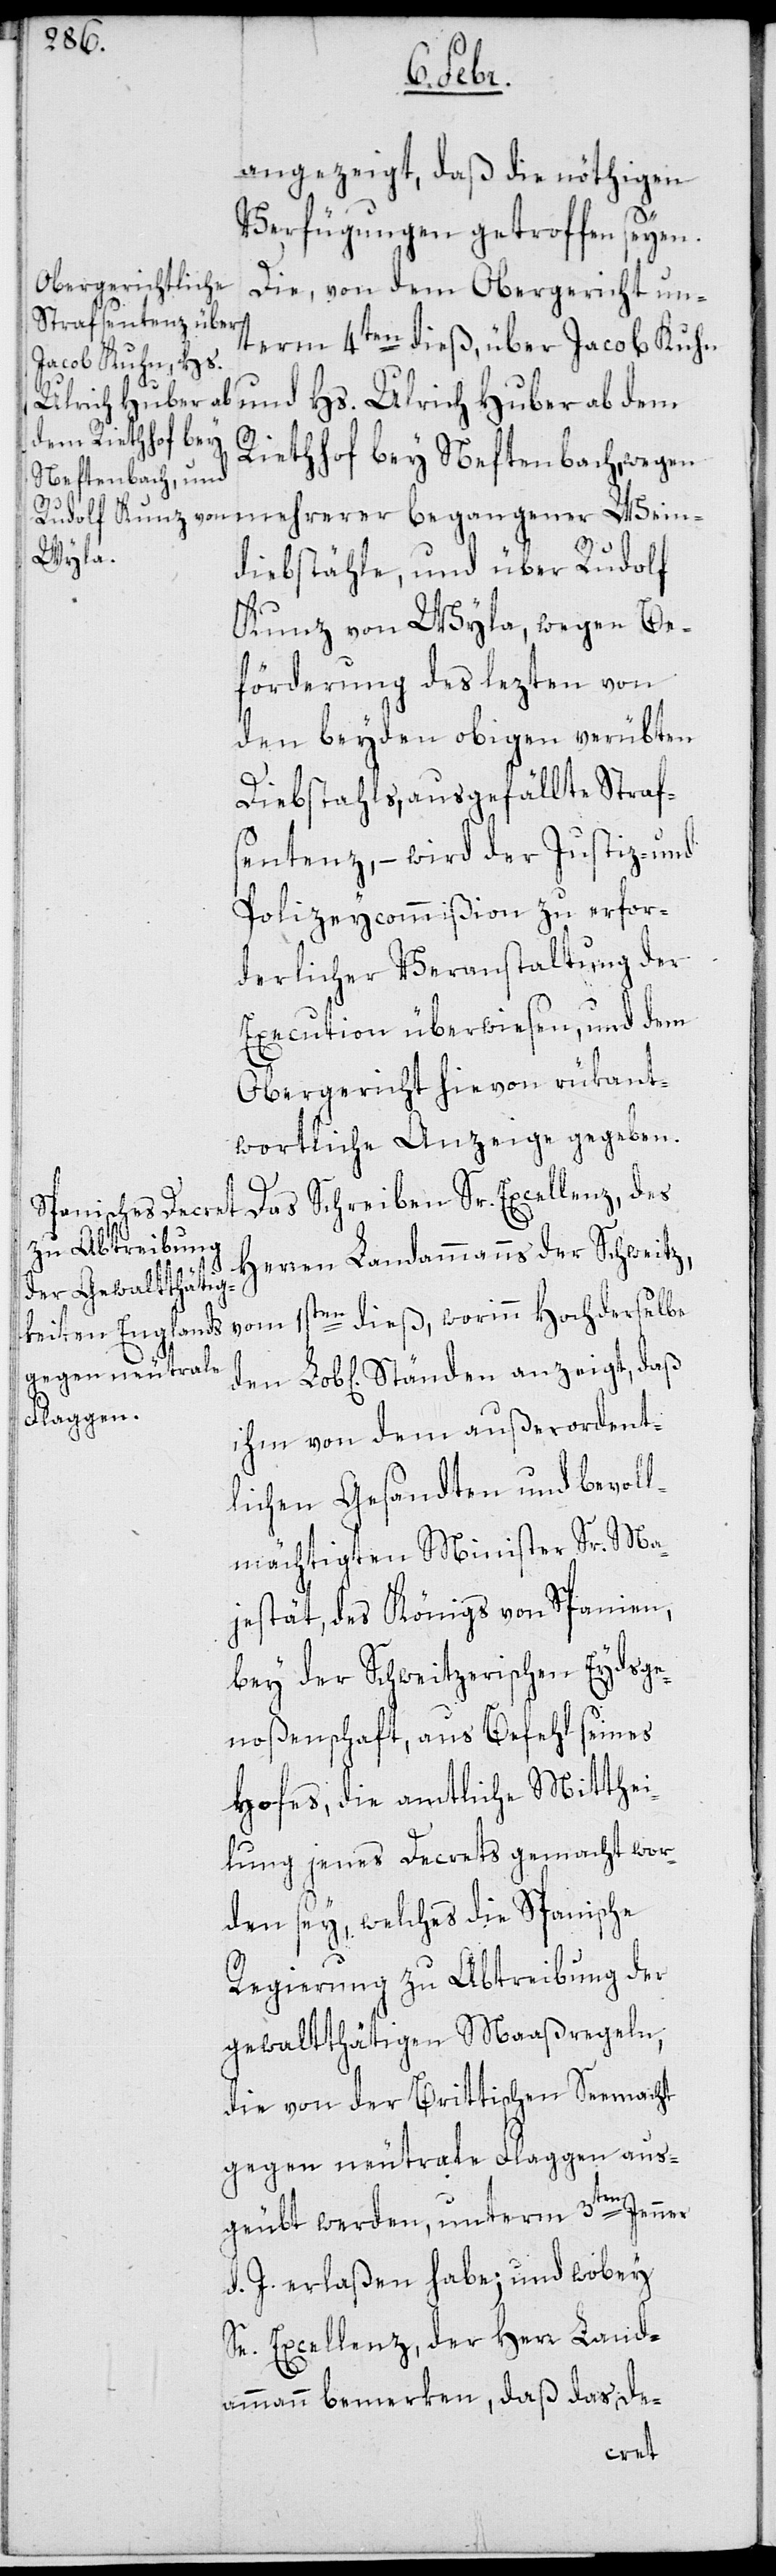
Lob[li¬
angezeigt, daß die nöthigen
Verfügungen getroffen seyen.
Die, von dem Obergericht un¬
term 4ten dieß, über Jacob Kuhn
und Hs. Ulrich Huber ab dem
Riethof bey Neftenbach, wegen
mehrerer begangener Wein¬
diebstähle, und über Rudolf
Kunz von Wyla, wegen Be¬
förderung des lezten von
den beyden obigen verübten
Diebstahls, ausgefällte Straf¬
sentenz, – wird der Justiz- und
Polizeycommißion zu erfor¬
derlicher Veranstaltung der
Execution überwiesen, und dem
Obergericht hievon rükant¬
wortliche Anzeige gegeben.
Das Schreiben Sr. Excellenz, des
Herren Landammanns der Schweitz
vom 1sten dieß, worinn Hochderselbe
chen] Ständen anzeigt, daß
ihm von dem außerordent¬
lichen Gesandten und bevoll¬
mächtigten Minister Sr. Ma¬
jestät des Königs von Spanien,
bey der Schweitzerischen Eydsge¬
noßenschaft, aus Befehl seines
Hofes, die amtliche Mitthei¬
lung jenes Decrets gemacht wor¬
den sey, welches die spanische
Regierung zu Abtreibung der
gewaltthätigen Maaßregeln,
die von der Brittischen Seemacht
gegen neutrale Flaggen aus¬
geübt werden, unterm 3ten Jenner
d. J. erlaßen habe; und wobey
Se. Excellenz der Herr Land¬
ammann bemerkten, daß das De-